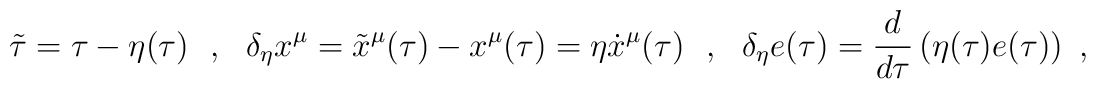
\tilde{\tau}=\tau-\eta(\tau)\ \ ,\ \ \delta_\eta x^\mu=\tilde{x}^\mu(\tau)-x^\mu(\tau)=\eta\dot{x}^\mu(\tau)\ \ ,\ \ \delta_\eta e(\tau)=\frac{d}{d\tau}\left(\eta(\tau)e(\tau)\right)\ ,